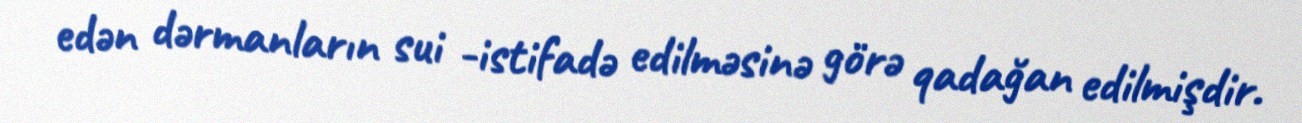
edən dərmanların sui -istifadə edilməsinə görə qadağan edilmişdir.